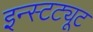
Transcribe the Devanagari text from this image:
इन्स्टट्यूट